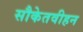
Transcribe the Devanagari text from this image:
सौकेतवीहन